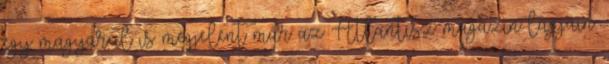
egy magyarul is megjelent már az Atlantisz magazin lapjain.